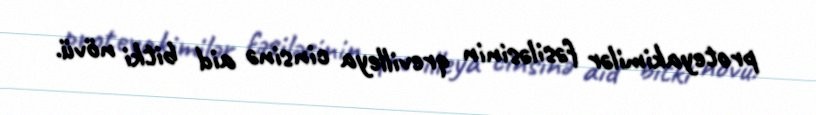
proteyakimilər fəsiləsinin qrevilleya cinsinə aid bitki növü.